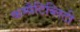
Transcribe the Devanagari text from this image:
कम्पैटिब्लिटी